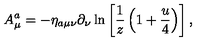
A _ { \mu } ^ { a } = - \eta _ { a \mu \nu } \partial _ { \nu } \ln \left[ { \frac { 1 } { z } } \left( 1 + { \frac { u } { 4 } } \right) \right] ,